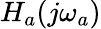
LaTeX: H_{a}(j\omega_{a})